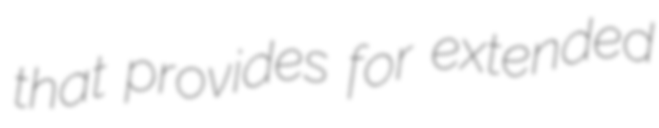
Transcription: that provides for extended